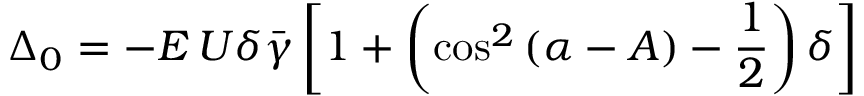
\Delta _ { 0 } = - E \, U \delta \bar { \gamma } \left[ 1 + \left( \cos ^ { 2 } \left( \alpha - A \right) - \frac { 1 } { 2 } \right) \delta \right]